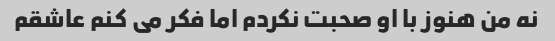
نه من هنوز با او صحبت نکردم اما فکر می کنم عاشقم